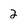
Character: 2